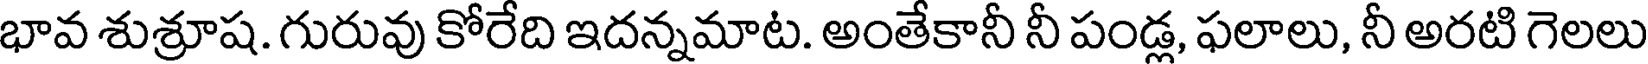
భావ శుశ్రూష. గురువు కోరేది ఇదన్నమాట. అంతేకానీ నీ పండ్ల, ఫలాలు, నీ అరటి గెలలు